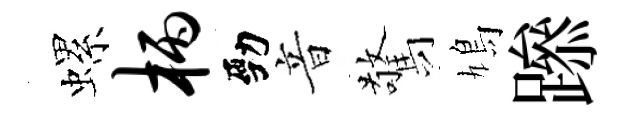
螺柄勁音驚鳩𨅶